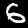
Label: 6